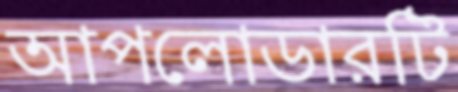
আপলোডারটি